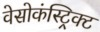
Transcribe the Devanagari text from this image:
वेसोकंस्ट्रिक्ट